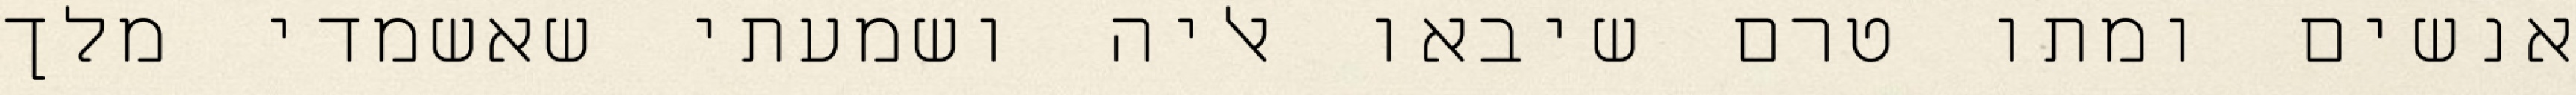
אנשים ומתו טרם שיבאו אליה ושמעתי שאשמדי מלך